Senior Leaving Certificate Examination (including Day School Certificate (Higher) General paper), 1950
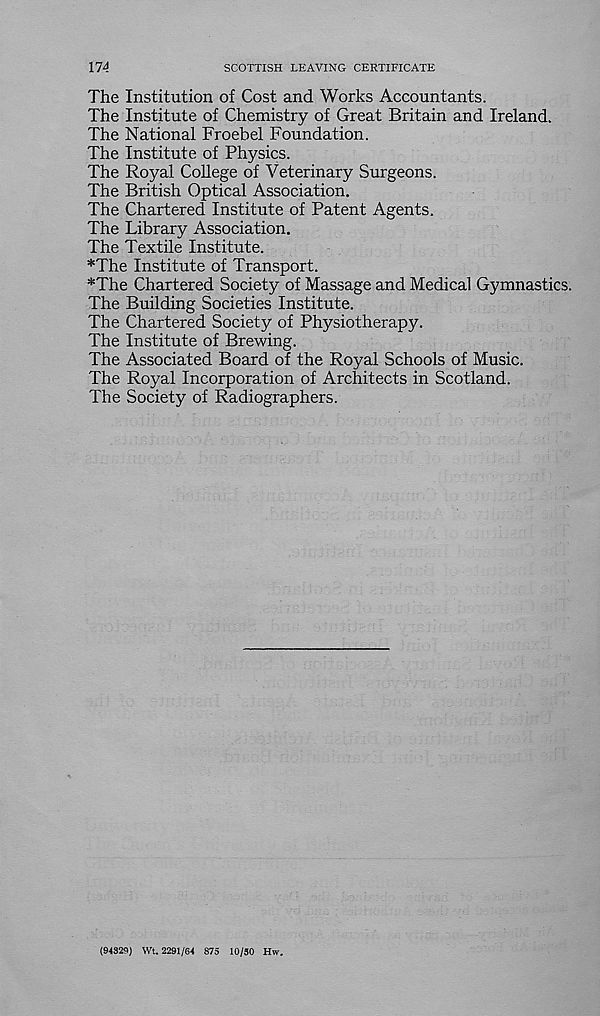
174
SCOTTISH LEAVING CERTIFICATE
The Institution of Cost and Works Accountants.
The Institute of Chemistry of Great Britain and Ireland.
The National Froebel Foundation.
The Institute of Physics.
The Royal College of Veterinary Surgeons.
The British Optical Association.
The Chartered Institute of Patent Agents.
The Library Association.
The Textile Institute.
*The Institute of Transport.
*The Chartered Society of Massage and Medical Gymnastics.
The Building Societies Institute.
The Chartered Society of Physiotherapy.
The Institute of Brewing.
The Associated Board of the Royal Schools of Music.
The Royal Incorporation of Architects in Scotland.
The Society of Radiographers.
(94329) Wt. 2291/64 875 10/30 Hw.